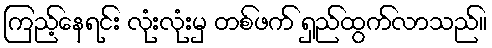
ကြည့်နေရင်း လုံးလုံးမှ တစ်ဖက် ရှည်ထွက်လာသည်။